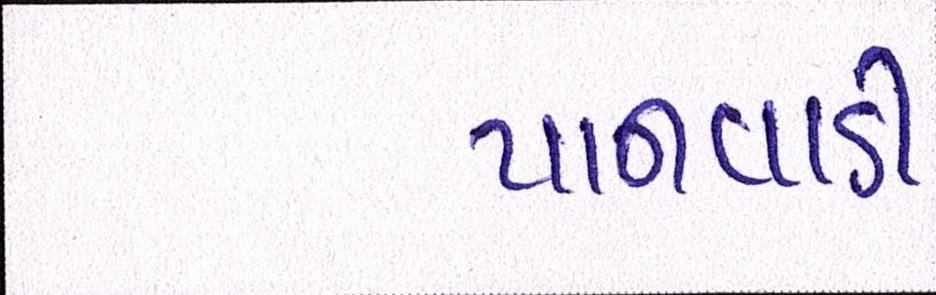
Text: પાનવાડી